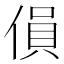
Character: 傊